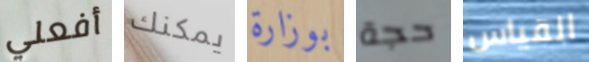
أفعلي يمكنك بوزارة حجة القياس